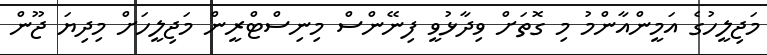
މަޖިލީހުގެ އަމީންއާންމު މި ގޮތަށް ވިދާޅުވީ ފިނޭންސް މިނިސްޓްރީން މަޖިލީހަށް މިދިޔަ ޖޫން